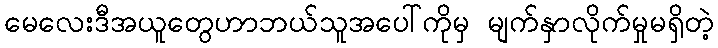
မေလေးဒီအယူတွေဟာဘယ်သူအပေါ်ကိုမှ မျက်နှာလိုက်မှုမရှိတဲ့